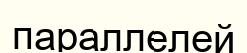
параллелей